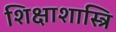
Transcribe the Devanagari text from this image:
शिक्षाशास्त्रि